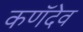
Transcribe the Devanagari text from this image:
कणॅदेव